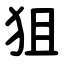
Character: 狙